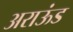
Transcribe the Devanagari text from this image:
अराऊंड